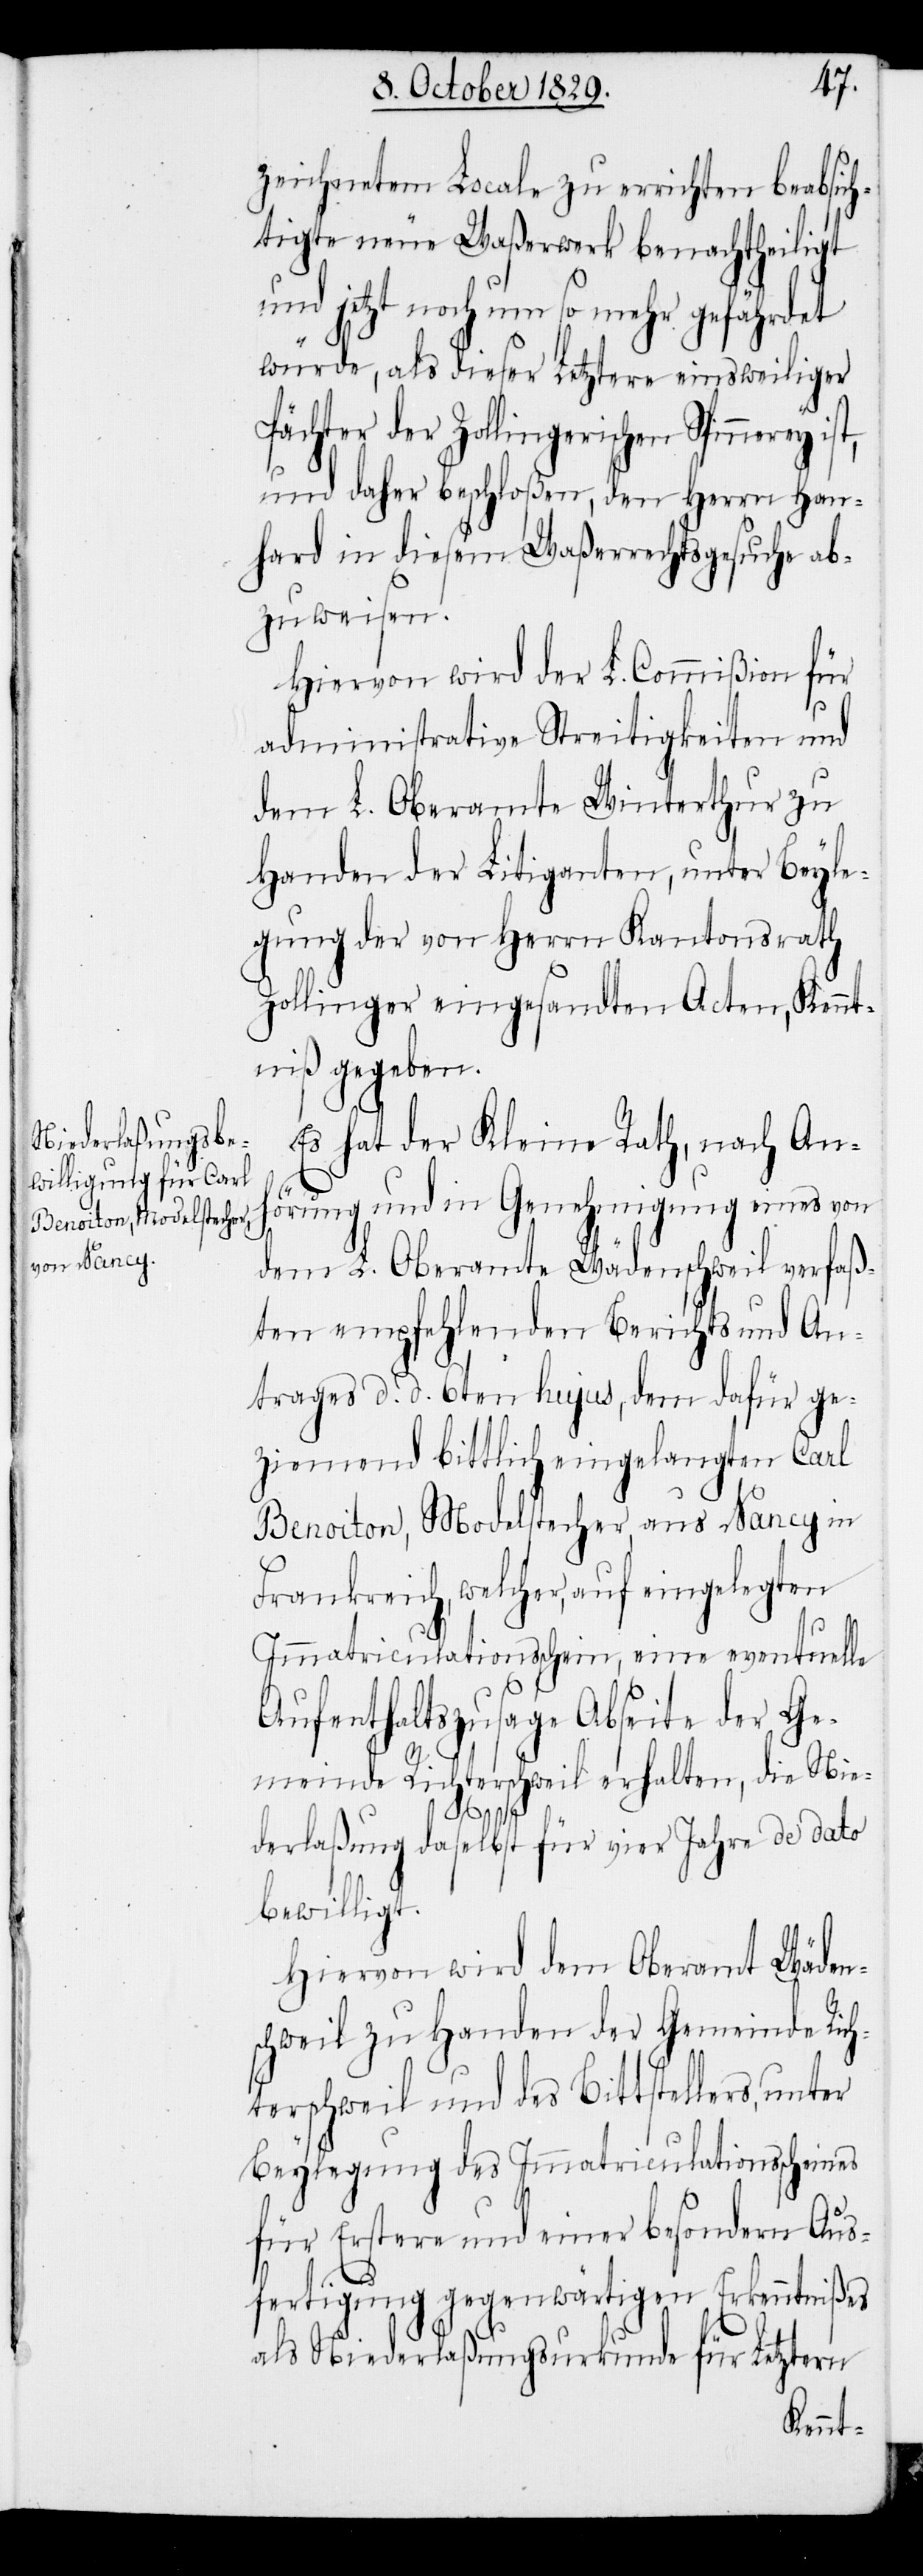
zeichnetem Locale zu errichten beabsic¬
htigte neue Waßerwerk benachtheiligt
und jetzt noch um so mehr gefährdet
würde, als dieser Letztere einsweilger
und daher beschloßen, den Herrn Han¬
hard in diesem Waßerrechtsgesuche ab¬
zuweisen.
Hiervon wird der L. Commißion für
administrative Streitigkeiten und
dem L. Oberamte Winterthur zu
Handen der Litiganten, unter Beyle¬
gung der von Herrn Kantonsrath
Zollinger eingesandten Acten, Kennt¬
niß gegeben.
Es hat der Kleine Rath, nach Anh¬
örung und in Genehmigung eines von
dem L. Oberamte Wädenschweil verfaß¬
ten empfehlenden Berichts und An¬
trages d. d. 6ten hujus, dem dafür ge¬
ziemend bittlich eingelangten Carl
Benoiton, Modelstecher, aus Nancy in
Frankreich, welcher, auf eingelegten
Immatriculationsschein, eine eventuelle
Aufenthaltszusage Abseite der Ge¬
meinde Richterschweil erhalten, die Nie¬
der
ist,
derlaßung daselbst für vier Jahre de dato
bewilligt.
Hiervon wird dem Oberamt Wäden¬
schweil zu Handen der Gemeinde Rich¬
terschweil und des Bittstellers, unter
Beylegung des Immatriculationsscheines
für Erstere und einer besondern Aus¬
fertigung gegenwärtigen Erkenntnißes
als Niederlaßungsurkunde für Letztern